Some observations on the poison of the banded krait (Bungarus fasciatus) - Number 7
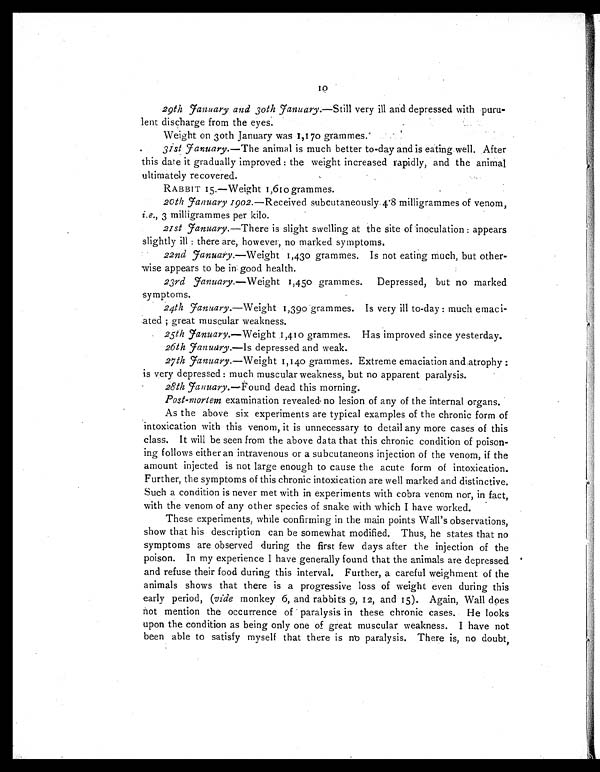
10
29th January and 30th January.—Still very ill and depressed with puru-
lent discharge from the eyes.
Weight on 3oth January was 1,170 grammes.
31st January.—The animal is much better to-day and is eating well. After
this date it gradually improved : the weight increased rapidly, and the animal
ultimately recovered.
RABBIT 15.—Weight 1,610 grammes.
20th January 1902.—Received subcutaneously 4.8 milligrammes of venom,
i.e., 3 milligrammes per kilo.
21st January.—There is slight swelling at the site of inoculation : appears
slightly ill : there are, however, no marked symptoms.
22nd J anuary.—Weight 1,430 grammes. Is not eating much, but other-
wise appears to be in good health.
23rd January. —Weight 1,450 grammes. Depressed, but no marked
symptoms.
24th January. —Weight 1,390 grammes. Is very ill to-day : much emaci-
ated ; great muscular weakness.
25th January.—Weight 1,410 grammes. Has improved since yesterday.
26th January.—Is depressed and weak.
27th January.—Weight 1,140 grammes. Extreme emaciation and atrophy :
is very depressed : much muscular weakness, but no apparent paralysis.
28th January.—Found dead this morning.
Post-mortem examination revealed- no lesion of any of the internal organs.
As the above six experiments are typical examples of the chronic form of
intoxication with this venom, it is unnecessary to detail any more cases of this
class. It will be seen from the above data that this chronic condition of poison-
ing follows either an intravenous or a subcutaneous injection of the venom, if the
amount injected is not large enough to cause the acute form of intoxication.
Further, the symptoms of this chronic intoxication are well marked and distinctive.
Such a condition is never met with in experiments with cobra venom nor, in fact,
with the venom of any other species of snake with which I have worked.
These experiments, while confirming in the main points Wall's observations,
show that his description can be somewhat modified. Thus, he states that no
symptoms are observed during the first few days after the injection of the
poison. In my experience I have generally found that the animals are depressed
and refuse their food during this interval. Further, a careful weighment of the
animals shows that there is a progressive loss of weight even during this
early period, (vide monkey 6, and rabbits 9, 12, and 15). Again, Wall does
not mention the occurrence of paralysis in these chronic cases. He looks
upon the condition as being only one of great muscular weakness. I have not
been able to satisfy myself that there is no paralysis. There is, no doubt,